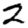
Digit: 2